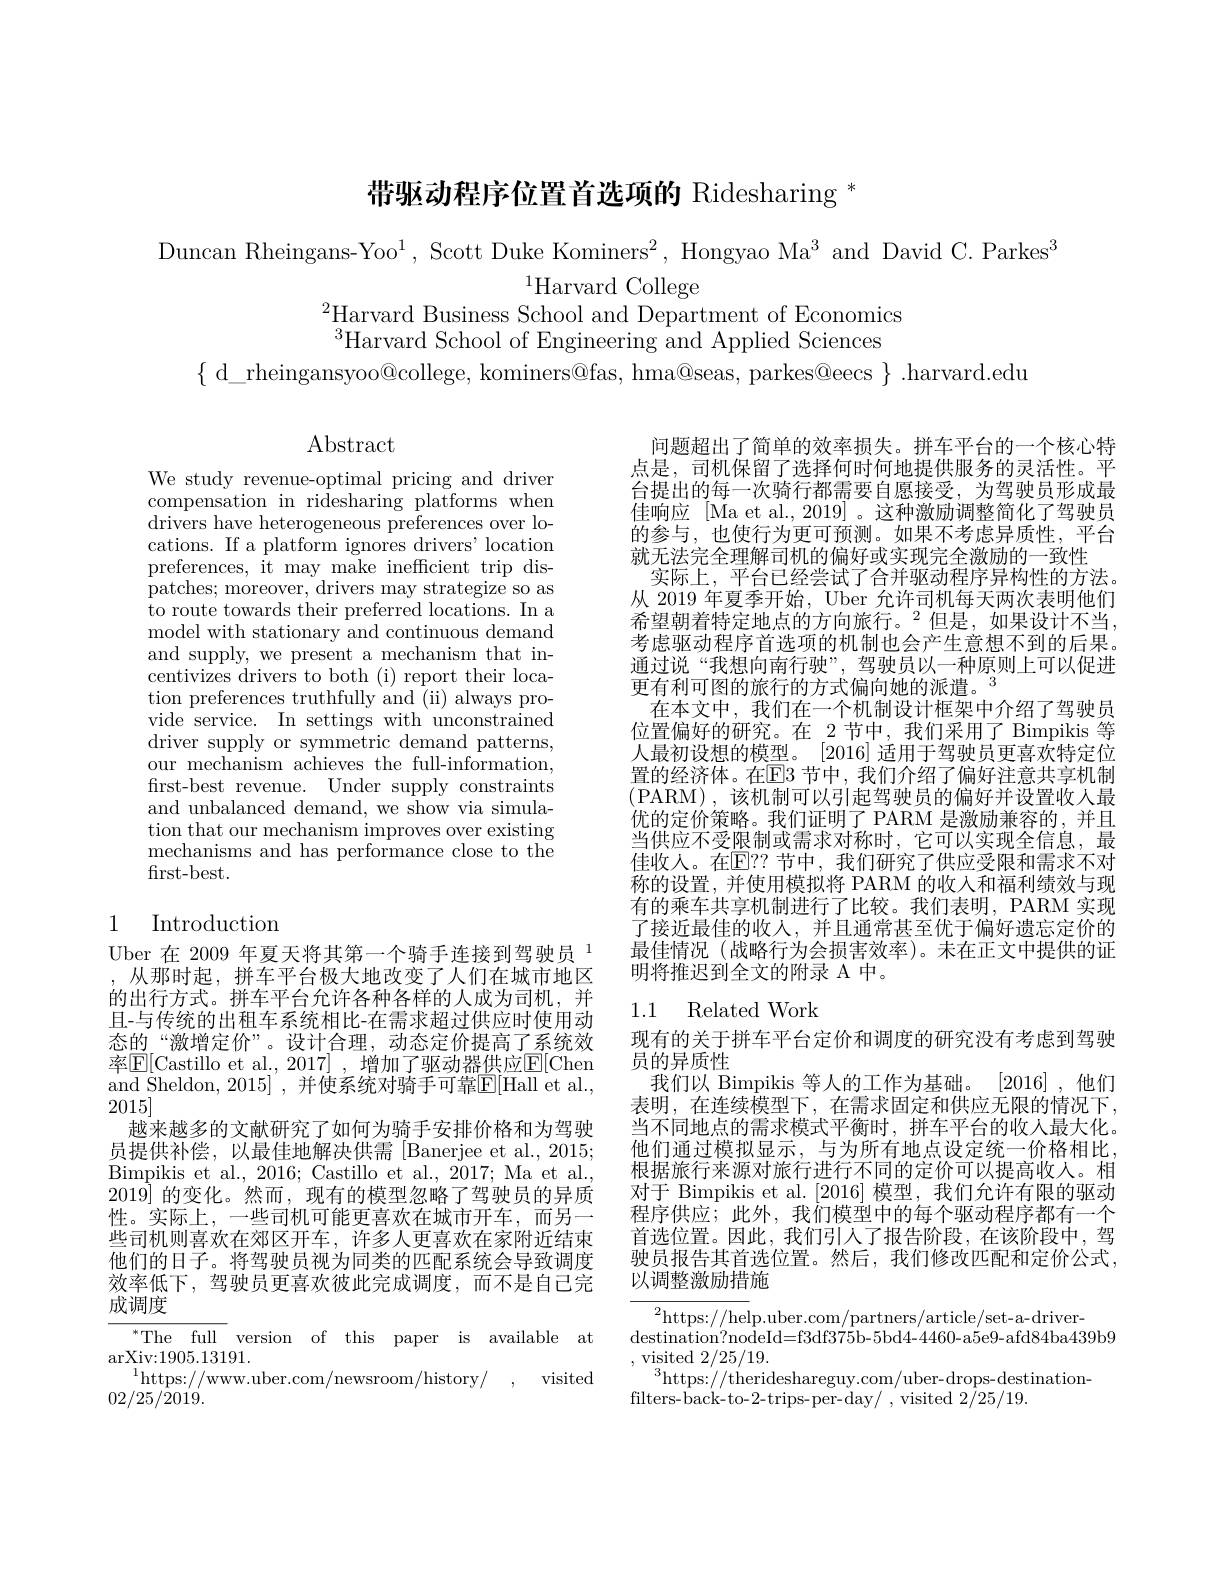
带驱动程序位置首选项的 Ridesharing $^{*}$

Duncan Rheingans-Yoo$^1$, Scott Duke Kominers$^2$, Hongyao Ma$^3$ and David C.Parkes$^3$
$^{1}$Harvard College
$^{2}$Harvard Business School and Department of Economics
$^{3}$Harvard School of Engineering and Applied Sciences
$\{$ d\_rheingansyoo@college, kominers@fas, hma@seas, parkes@eecs $\}.$harvard.edu

$\operatorname{Abstract}$

We study revenue-optimal pricing and driver compensation in ridesharing platforms when drivers have heterogeneous preferences over locations. If a platform ignores drivers' location preferences, it may make inefficient trip dispatches; moreover, drivers may strategize so as to route towards their preferred locations. In a model with stationary and continuous demand and supply, we present a mechanism that incentivizes drivers to both (i) report their location preferences truthfully and (ii) always provide service. In settings with unconstrained driver supply or symmetric demand patterns. our mechanism achieves the full-information, first-best revenue. Under supply constraints and unbalanced demand, we show via simulation that our mechanism improves over existing mechanisms and has performance close to the first-best.

## 1 Introduction

Uber 在 2009 年夏天将其第一个骑手连接到驾驶员 1从那时起，拼车平台极大地改变了人们在城市地区的出行方式。拼车平台允许各种各样的人成为司机，并且-与传统的出租车系统相比-在需求超过供应时使用动态的“激增定价”。设计合理，动态定价提高了系统效率$\boxed{\mathrm{E}}[$Castillo et al.,2017] ,增加了驱动器供应$\boxed{\mathrm{E}}[$Chen and Sheldon, 2015] , 并使系统对骑手可靠$\mathbb{E}[$Hall et al., 2015]
越来越多的文献研究了如何为骑手安排价格和为驾驶员提供补偿，以最佳地解决供需 [Banerjee et al., 2015; Bimpikis et al., 2016; Castillo et al., 2017; Ma et al., $201\bar{9}]$的变化。然而，现有的模型忽略了驾驶员的异质性。实际上，一些司机可能更喜欢在城市开车，而另一些司机则喜欢在郊区开车，许多人更喜欢在家附近结束他们的日子。将驾驶员视为同类的匹配系统会导致调度效率低下，驾驶员更喜欢彼此完成调度，而不是自己完成调度

$^{*}$The full version of this paper is available at
arXiv: 1905. 13191.
$^{1}$https://www.uber.com/newsroom/history/ , visited
02/25/2019.

问题超出了简单的效率损失。拼车平台的一个核心特点是，司机保留了选择何时何地提供服务的灵活性。平台提出的每一次骑行都需要自愿接受，为驾驶员形成最佳响应 [Ma et al., 2019] 。这种激励调整简化了驾驶员的参与，也使行为更可预测。如果不考虑异质性，平台就无法完全理解司机的偏好或实现完全激励的一致性
实际上，平台已经尝试了合并驱动程序异构性的方法。从 2019 年夏季开始，Uber 允许司机每天两次表明他们希望朝着特定地点的方向旅行。$^2$但是，如果设计不当， 考虑驱动程序首选项的机制也会产生意想不到的后果。通过说“我想向南行驶”,驾驶员以一种原则上可以促进更有利可图的旅行的方式偏向她的派遣。$^{\textcircled{1}}$
在本文中，我们在一个机制设计框架中介绍了驾驶员位置偏好的研究。在 2节中，我们采用了 Bimpikis 等人最初设想的模型。[2016]适用于驾驶员更喜欢特定位置的经济体。在$\mathbb{E}$3 节中，我们介绍了偏好注意共享机制(PARM),该机制可以引起驾驶员的偏好并设置收入最优的定价策略。我们证明了 PARM 是激励兼容的，并且当供应不受限制或需求对称时，它可以实现全信息，最佳收人。在$\mathbb{E}$??节中，我们研究了供应受限和需求不对称的设置，并使用模拟将 PARM 的收入和福利绩效与现有的乘车共享机制进行了比较。我们表明，PARM 实现了接近最佳的收入，并且通常甚至优于偏好遗忘定价的最佳情况(战略行为会损害效率)。未在正文中提供的证明将推迟到全文的附录 A 中。

## 1.1 Related Work

现有的关于拼车平台定价和调度的研究没有考虑到驾驶
员的异质性
我们以 Bimpikis 等人的工作为基础。[2016],他们表明，在连续模型下，在需求固定和供应无限的情况下， 当不同地点的需求模式平衡时，拼车平台的收入最大化。他们通过模拟显示，与为所有地点设定统一价格相比， 根据旅行来源对旅行进行不同的定价可以提高收入。相对于 Bimpikis et al. [2016] 模型，我们允许有限的驱动程序供应；此外，我们模型中的每个驱动程序都有一个首选位置。因此，我们引人了报告阶段，在该阶段中，驾驶员报告其首选位置。然后，我们修改匹配和定价公式， 以调整激励措施

$^{2}$https://help.uber.com/partners/article/set-a-driver-
$\begin{aligned}\text{destination?nodeId=f3df375b-5bd4-4460-a5e9-afd84ba439b9}\end{aligned}$
,visited2/25/19.
$^{3}$https://therideshareguy.com/uber-drops-destination-
filters-back-to-2-trips-per-day/~,~visited~2/25/19.